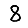
Digit: 8